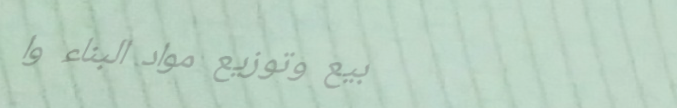
بيع وتوزيع مواد البناء وا